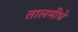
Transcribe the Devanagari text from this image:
तालमीचे